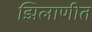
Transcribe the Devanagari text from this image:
झिलाणीत